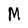
Character: M